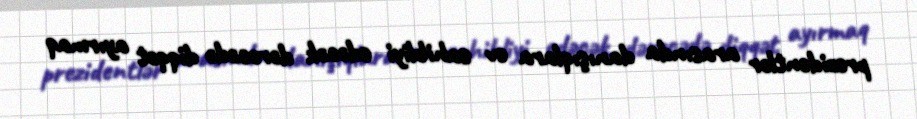
prezidentlər arasında danışıqlara ev sahibliyi edəcək dərəcədə diqqət ayırmaq